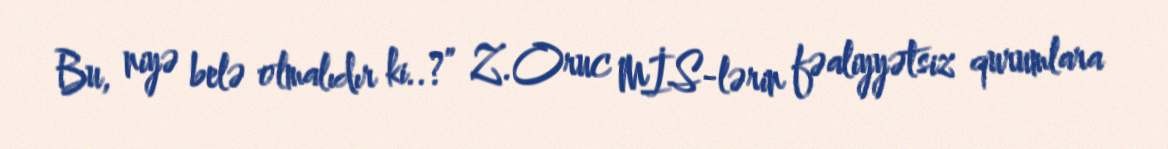
Bu, niyə belə olmalıdır ki..?” Z.Oruc MİS-lərin fəaliyyətsiz qurumlara